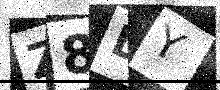
Text: Z8LY